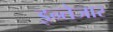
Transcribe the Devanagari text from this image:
इन्तेजार